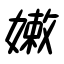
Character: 嫩